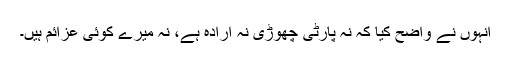
انہوں نے واضح کیا کہ نہ پارٹی چھوڑی نہ ارادہ ہے، نہ میرے کوئی عزائم ہیں۔